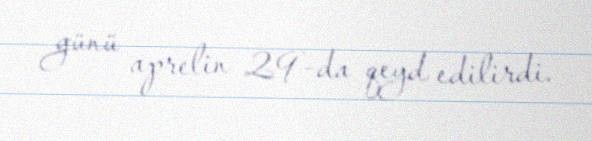
günü aprelin 29-da qeyd edilirdi.